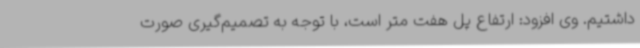
داشتیم. وی افزود: ارتفاع پل هفت متر است، با توجه به تصمیم‌گیری صورت